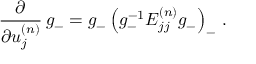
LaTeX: \frac { \partial } { \partial u _ { j } ^ { ( n ) } } \, g _ { - } = g _ { - } \left( g _ { - } ^ { - 1 } E _ { j j } ^ { ( n ) } g _ { - } \right) _ { - } \, .